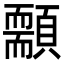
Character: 䫱